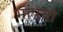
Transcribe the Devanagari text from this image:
भांपना